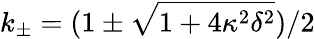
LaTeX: k_{\pm}=(1\pm\sqrt{1+4\kappa^{2}\delta^{2}})/2